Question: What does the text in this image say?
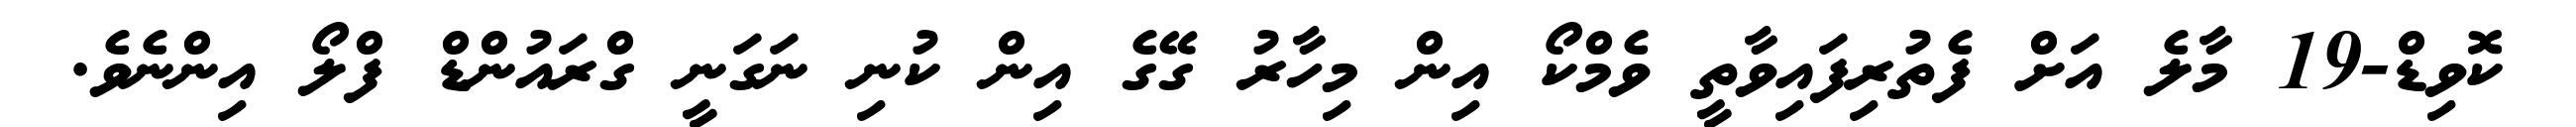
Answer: ކޮވިޑް-19 މާލެ އަށް ފެތުރިފައިވާތީ ވެމްކޯ އިން މިހާރު ގޭގެ އިން ކުނި ނަގަނީ ގްރައުންޑް ފްލޯ އިންނެވެ.